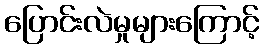
ပြောင်းလဲမှုများကြောင့်